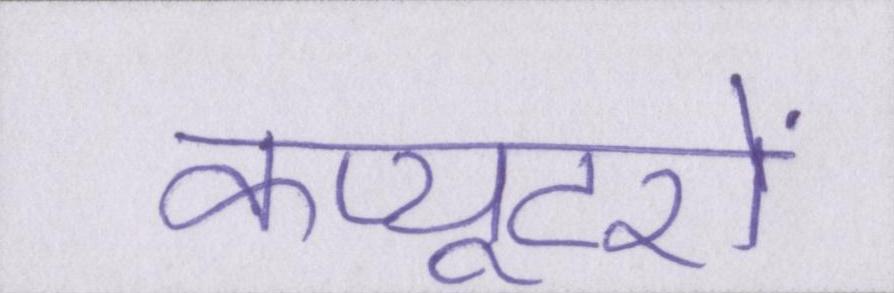
कंप्यूटरों